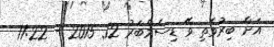
އަށް ބިރުވެތި ވޭ ޑިސެމްބަރު 12